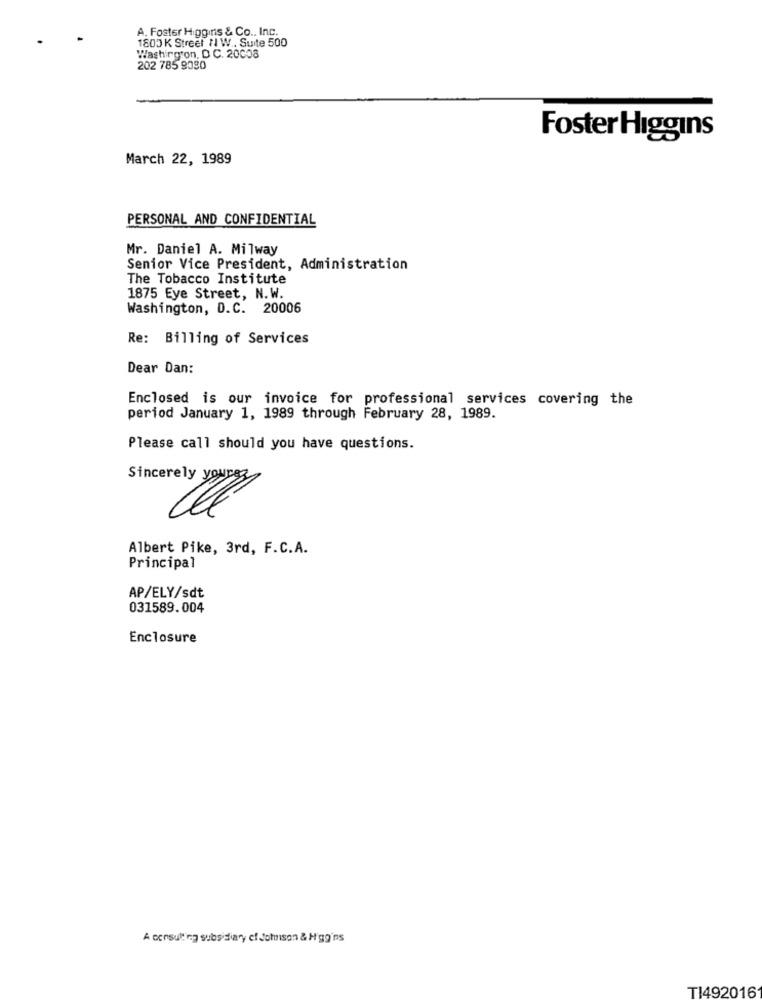
A. Foster Higgins & Co ., Inc.
1800 K Street N W .. Suite 500
Washington, D C. 20008
202 785 9080
Foster Higgins
March 22, 1989
PERSONAL AND CONFIDENTIAL
Mr. Daniel A. Milway
Senior Vice President, Administration
The Tobacco Institute
1875 Eye Street, N.W.
Washington, D.C. 20006
Re: Billing of Services
Dear Dan:
Enclosed is our invoice for professional services covering the
period January 1, 1989 through February 28, 1989.
Please call should you have questions.
Sincerely yours
Albert Pike, 3rd, F.C.A.
Principal
AP/ELY/sdt
031589.004
Enclosure
A consulting subsidiary el Johnson & Higgins
TI492016